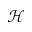
\mathcal { H }